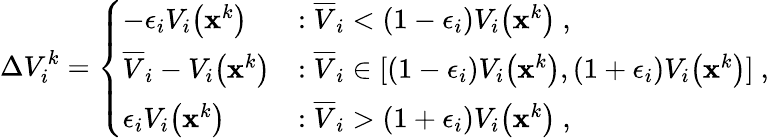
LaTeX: \Delta V_{i}^{k}=\left\{ \begin{array}{ll}{-\epsilon_{i}V_{i}\big(\mathbf{x}^{k}\big)}&{:\overline{{V}}_{i}<(1-\epsilon_{i})V_{i}\big(\mathbf{x}^{k}\big)\mathrm{~,~}}\\ {\overline{{V}}_{i}-V_{i}\big(\mathbf{x}^{k}\big)}&{:\overline{{V}}_{i}\in[(1-\epsilon_{i})V_{i}\big(\mathbf{x}^{k}\big),(1+\epsilon_{i})V_{i}\big(\mathbf{x}^{k}\big)]\mathrm{~,~}}\\ {\epsilon_{i}V_{i}\big(\mathbf{x}^{k}\big)}&{:\overline{{V}}_{i}>(1+\epsilon_{i})V_{i}\big(\mathbf{x}^{k}\big)\mathrm{~,~}}\end{array}\right.